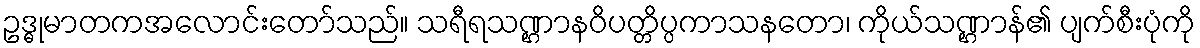
ဥဒ္ဓုမာတကအလောင်းတော်သည်။ သရီရသဏ္ဌာနဝိပတ္တိပ္ပကာသနတော၊ ကိုယ်သဏ္ဌာန်၏ ပျက်စီးပုံကို